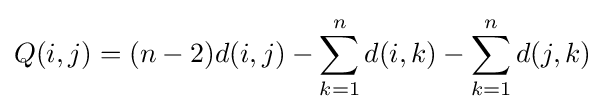
Q(i,j)=(n-2)d(i,j)-\sum _{k=1}^{n}d(i,k)-\sum _{k=1}^{n}d(j,k)